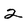
Character: 2